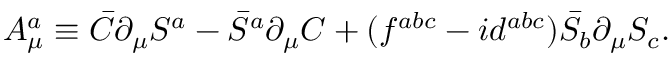
A _ { \mu } ^ { a } \equiv \bar { C } \partial _ { \mu } S ^ { a } - \bar { S } ^ { a } \partial _ { \mu } C + ( { f } ^ { a b c } - i { d } ^ { a b c } ) \bar { S } _ { b } \partial _ { \mu } { S } _ { c } .